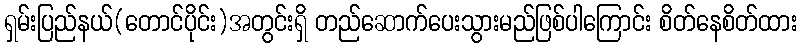
ရှမ်းပြည်နယ်(တောင်ပိုင်း)အတွင်းရှိ တည်ဆောက်ပေးသွားမည်ဖြစ်ပါကြောင်း စိတ်နေစိတ်ထား